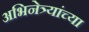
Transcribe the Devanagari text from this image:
अभिनेत्र्यांच्या